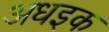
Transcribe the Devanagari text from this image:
अधइक